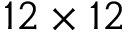
1 2 \times 1 2